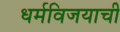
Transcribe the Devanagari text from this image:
धर्मविजयाची